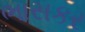
ભાસકર